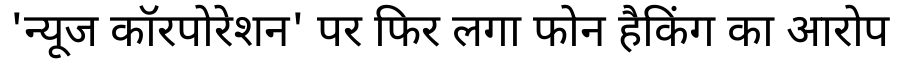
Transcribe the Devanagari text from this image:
'न्यूज कॉरपोरेशन' पर फिर लगा फोन हैकिंग का आरोप